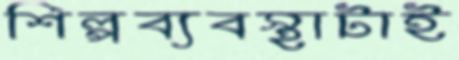
শিল্পব্যবস্থাটাই